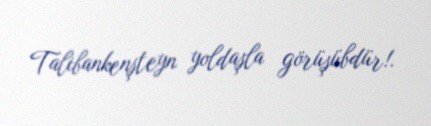
Talibankenşteyn yoldaşla görüşübdür!.